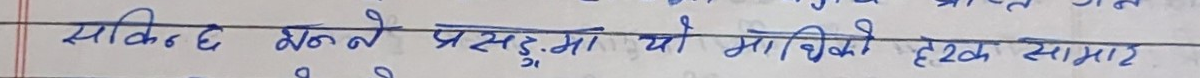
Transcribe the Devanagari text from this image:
सकिन्छ भने पस्नुमा यो माथिको हटक सामाई